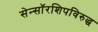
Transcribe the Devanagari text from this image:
सेन्सॉरशिपविरुद्ध